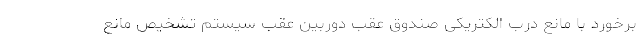
برخورد با مانع درب الکتریکی صندوق عقب دوربین عقب سیستم تشخیص مانع